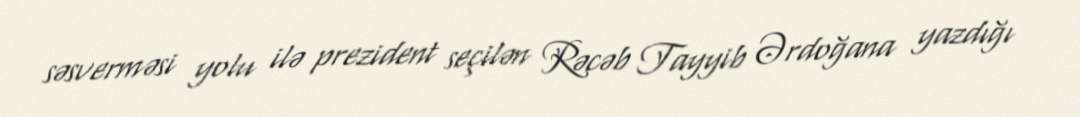
səsverməsi yolu ilə prezident seçilən Rəcəb Tayyib Ərdoğana yazdığı